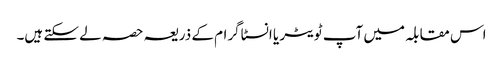
اس مقابلہ میں آپ ٹویٹر یا انسٹاگرام کے ذریعہ حصہ لے سکتے ہیں۔